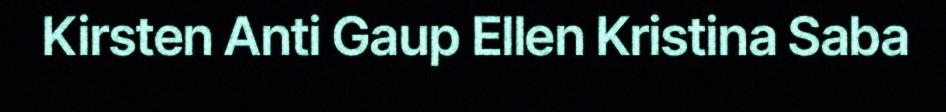
Kirsten Anti Gaup Ellen Kristina Saba